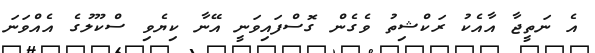
އެ ނަތީޖާ އާއެކު ރަކްޝިތު ވެގެން ގޮސްފައިވަނީ އޭނާ ކިޔެވި ސްކޫލުގެ އެއްވަނަ